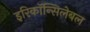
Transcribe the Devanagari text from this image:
इरिकॉन्सिलेबल